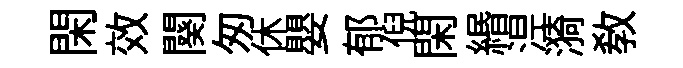
閑效闋匆休嬰郁倪閑緡𣵀漪敎